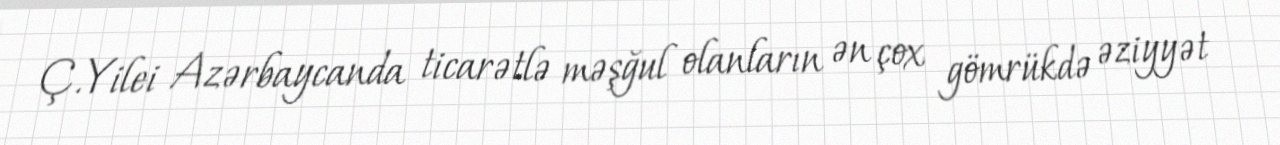
Ç.Yilei Azərbaycanda ticarətlə məşğul olanların ən çox gömrükdə əziyyət